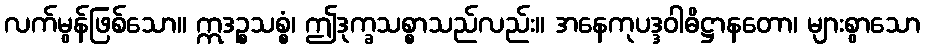
လက်မွန်ဖြစ်သော။ ဣဒဉ္စသစ္စံ၊ ဤဒုက္ခသစ္စာသည်လည်း။ အနေကုပဒ္ဒဝါဓိဋ္ဌာနတော၊ များစွာသော